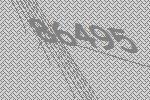
86495